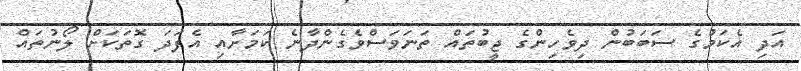
އަދި އެކަމުގެ ސަބަބުން ދިވެހިންގެ ޖީބުތައް ތަނަވަސްވެގެންދާނެ ކަމަށާއި އެފަދަ ގޮތަކަށް ލޯނުތައް